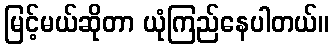
မြင့်မယ်ဆိုတာ ယုံကြည်နေပါတယ်။